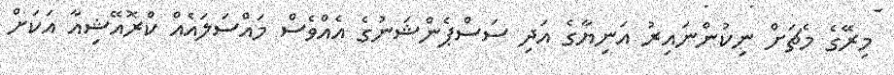
މިރޭގެ މެޗަށް ނިކުންނައިރު އަނިޔާގެ އަދި ސަސްޕެންޝަނުގެ އެއްވެސް މައްސަލައެއް ކްރޮއޭޝިއާ އަކަށް